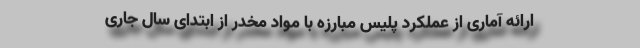
ارائه آماری از عملکرد پلیس مبارزه با مواد مخدر از ابتدای سال جاری